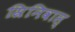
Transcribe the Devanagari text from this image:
स्रिनिवास्